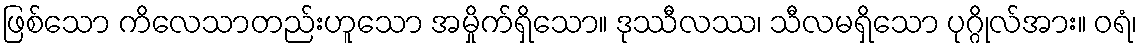
ဖြစ်သော ကိလေသာတည်းဟူသော အမှိုက်ရှိသော။ ဒုဿီလဿ၊ သီလမရှိသော ပုဂ္ဂိုလ်အား။ ဝရံ၊